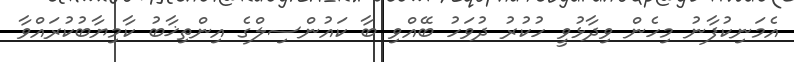
އެމަނިކުފާނު މިހެން ވިދާޅުވީ ހުކުރު ދުވަހު ބޭއްވި ބާ ކައުންސިލްގެ އިންތިޚާބު ކާމިޔާބުކުރައްވާ